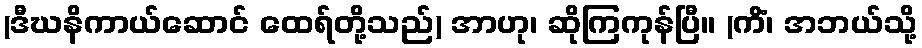
(ဒီဃနိကာယ်ဆောင် ထေရ်တို့သည်) အာဟု၊ ဆိုကြကုန်ပြီ။ (ကိံ၊ အဘယ်သို့